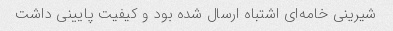
شیرینی خامه‌ای اشتباه ارسال شده بود و کیفیت پایینی داشت